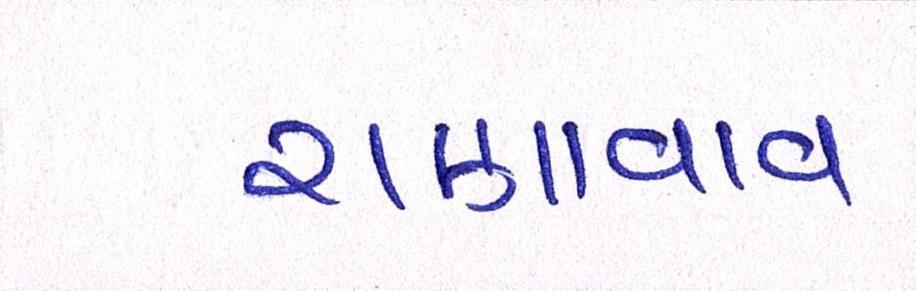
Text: રાણાવાવ